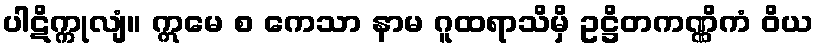
ပါဋိက္ကုလျံ။ ဣမေ စ ကေသာ နာမ ဂူထရာသိမှိ ဥဋ္ဌိတကဏ္ဏိကံ ဝိယ